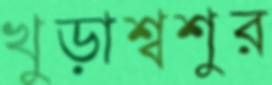
খুড়াশ্বশুর